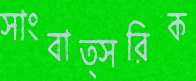
সাংবাত্সরিক